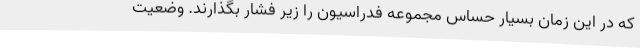
که در این زمان بسیار حساس مجموعه فدراسیون را زیر فشار بگذارند. وضعیت